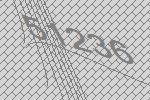
51236